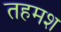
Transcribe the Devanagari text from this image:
तहमश